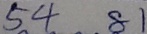
5 4 8 1